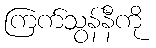
ကြက်သွန်နီကို